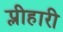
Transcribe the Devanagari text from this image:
प्लीहारी